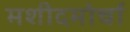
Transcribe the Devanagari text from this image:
मशीदमोर्चा